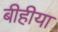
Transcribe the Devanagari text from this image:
बीहीया